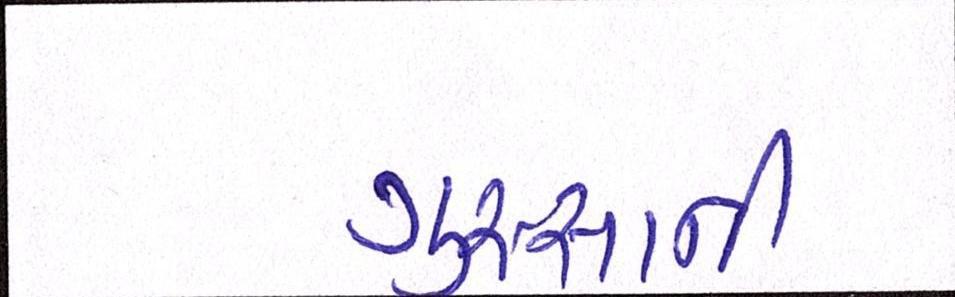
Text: ગુસ્સાની